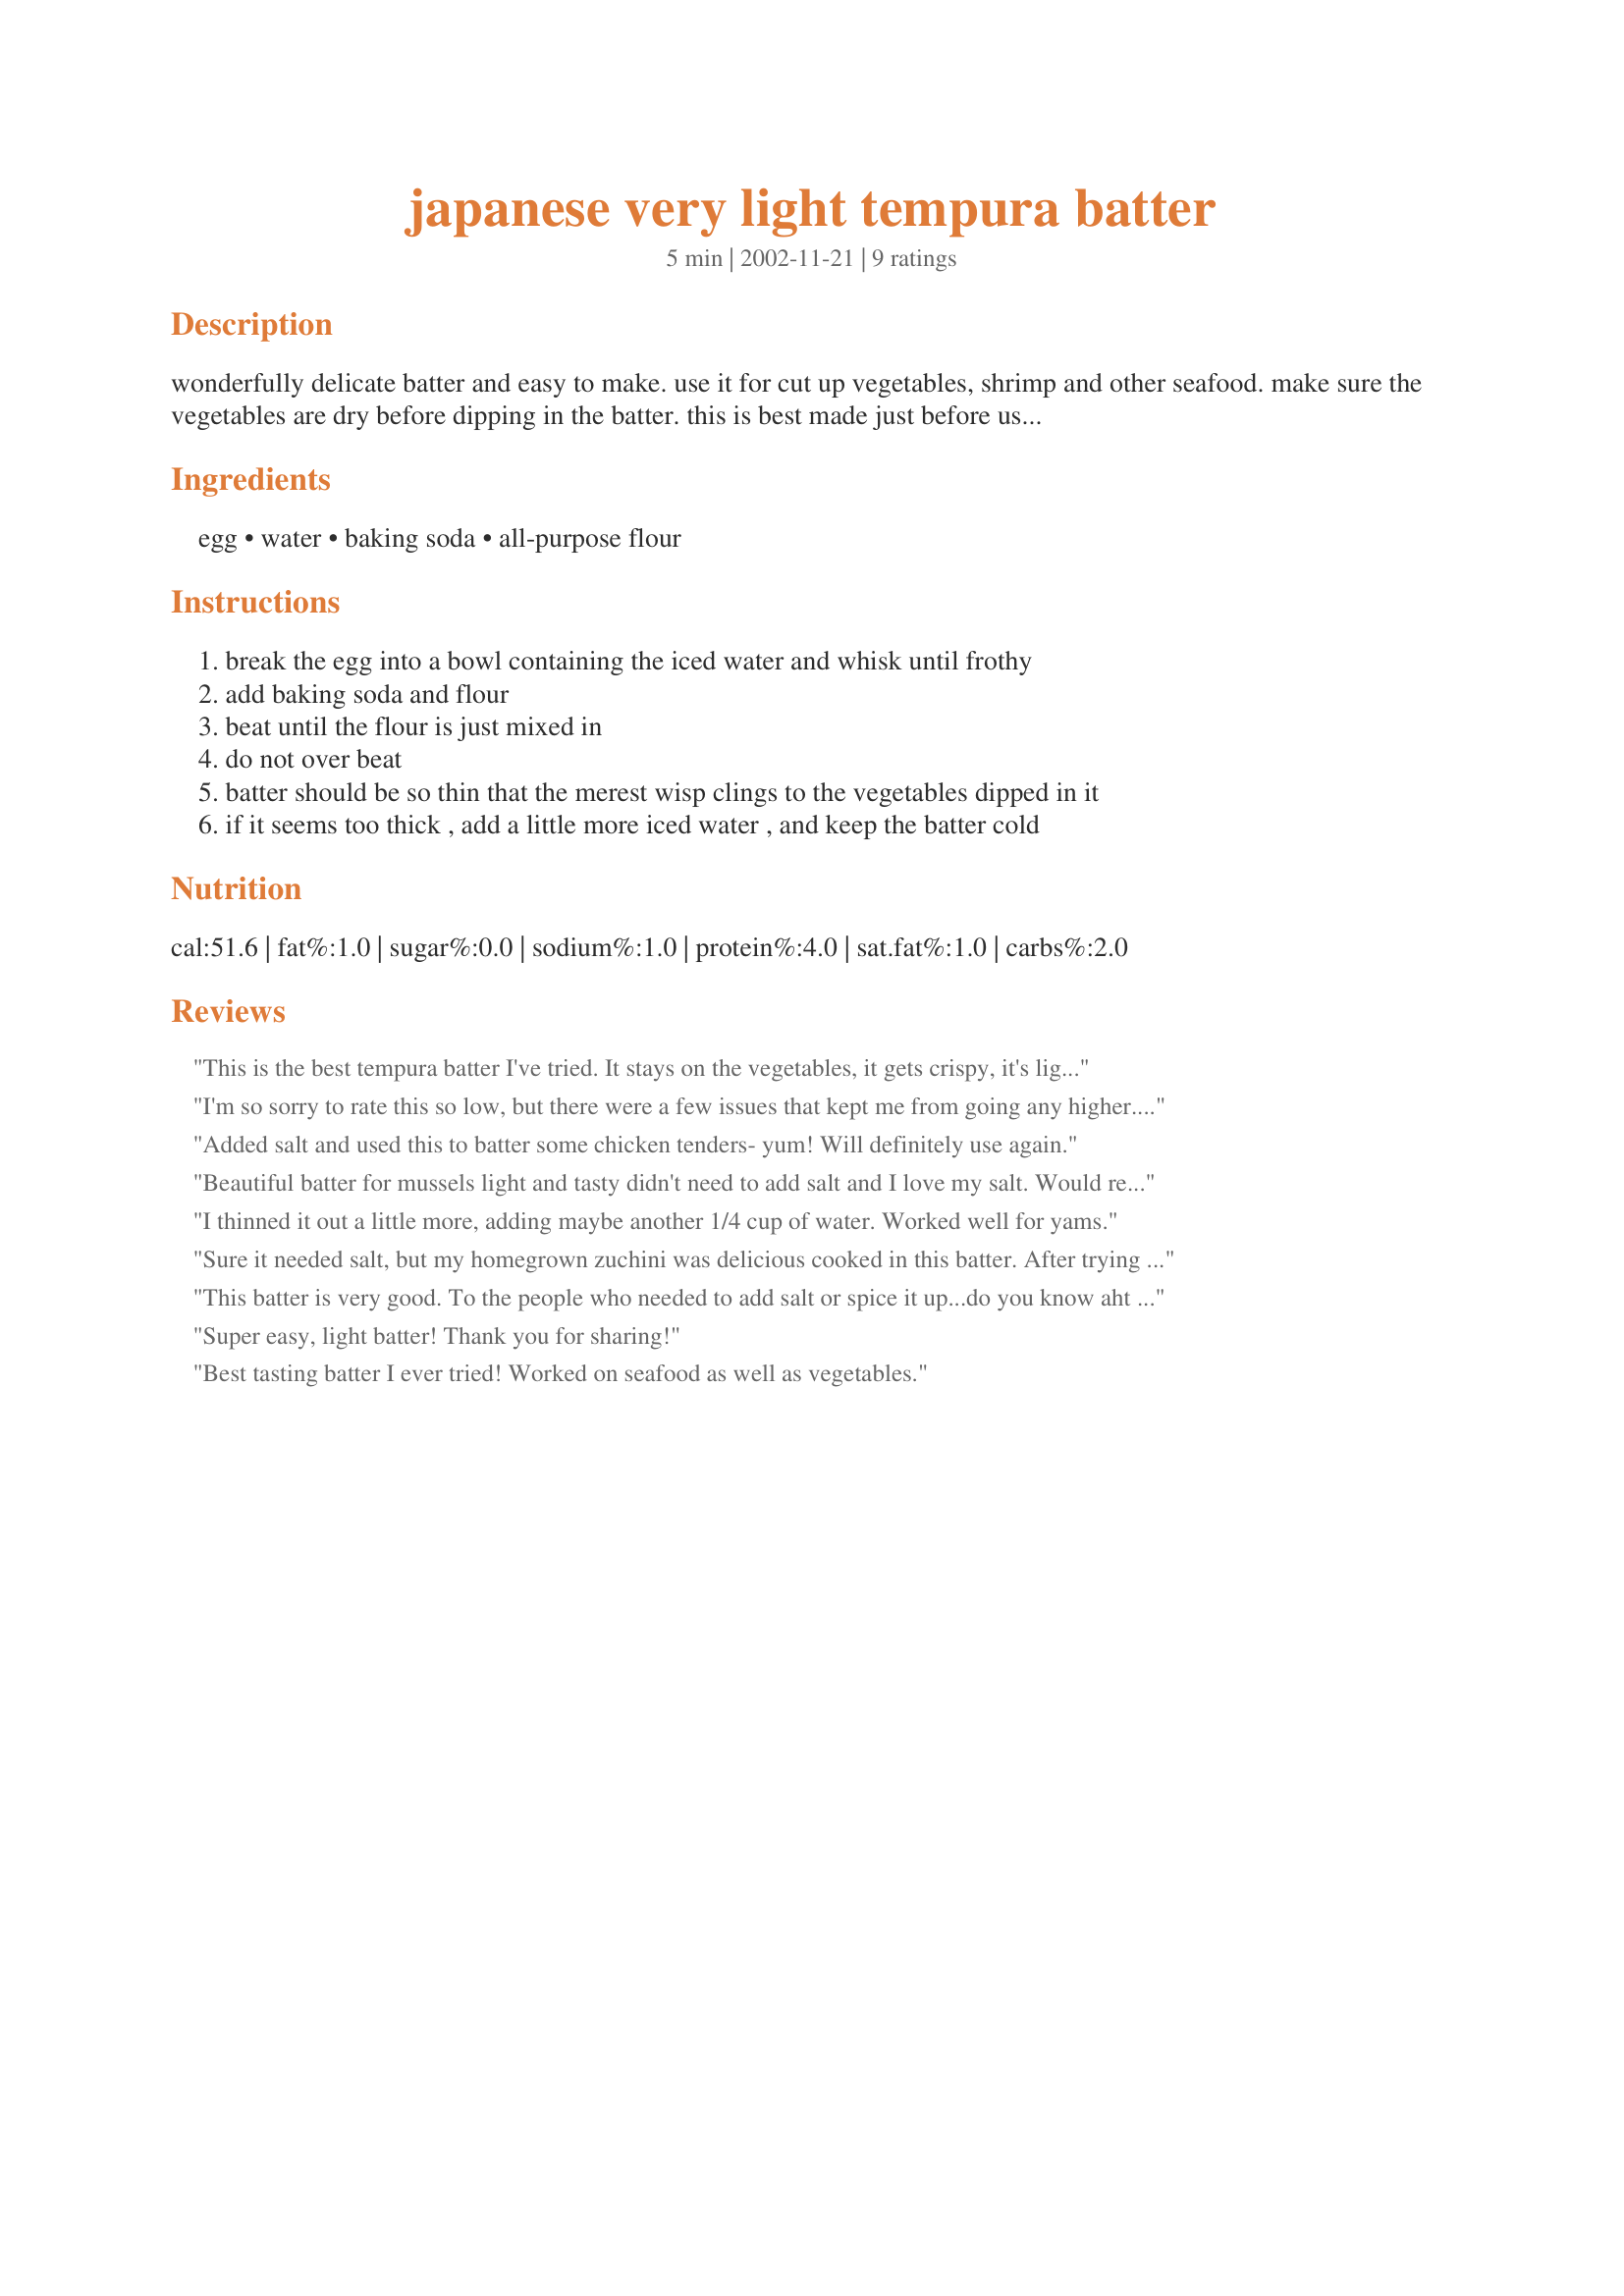
japanese very light tempura batter
Preparation time: 5 minutes

wonderfully delicate batter and easy to make. use it for cut up vegetables, shrimp and other seafood. make sure the vegetables are dry before dipping in the batter. this is best made just before using.

Ingredients:
egg, water, baking soda, all-purpose flour

Steps:
break the egg into a bowl containing the iced water and whisk until frothy
add baking soda and flour
beat until the flour is just mixed in
do not over beat
batter should be so thin that the merest wisp clings to the vegetables dipped in it
if it seems too thick , add a little more iced water , and keep the batter cold

Reviews:
This is the best tempura batter I've tried. It stays on the vegetables, it gets crispy, it's light, it doesn't get greasy; it's perfect. Note to everyone using this - make sure your vegetables are ABSOLUTELY dry before dipping, or the batter has difficulty staying on. My mistake, and I know better, but I thought I'd caution everyone else. I was very happy with how these turned out, LL Bunny. Thank you.
I'm so sorry to rate this so low, but there were a few issues that kept me from going any higher. Number one, the batter was very, very bland. The next time I make tempura, I will be sure to season the flour very well. Number two, it was crisp immediately after removing it from the oil, but very quickly turned soft (even on completely towel dried shrimp.) It wasn't soggy, just soft. Again I'm sorry for the low rating, but in accordance with the new "don't review unless it's honest" policy, I just had to be truthful.
Added salt and used this to batter some chicken tenders- yum! Will definitely use again.
Beautiful batter for mussels light and tasty didn't need to add salt and I love my salt. Would recommend this batter to my family. And I would use it again.
I thinned it out a little more, adding maybe another 1/4 cup of water. Worked well for yams.
Sure it needed salt, but my homegrown zuchini was delicious cooked in this batter. After trying one, I knew I wanted to add salt and did just a pinch (or so). Great light batter. I will use this recipe again!!
This batter is very good. To the people who needed to add salt or spice it up...do you know aht Tempura is? The cooked food is dipped in a Tempura sauce made up of soy sauce (salty), dashi, mirn etc. It's not supposed to be a seasoned batter...ok? Anybody home?
Super easy, light batter! Thank you for sharing!
Best tasting batter I ever tried! Worked on seafood as well as vegetables.
